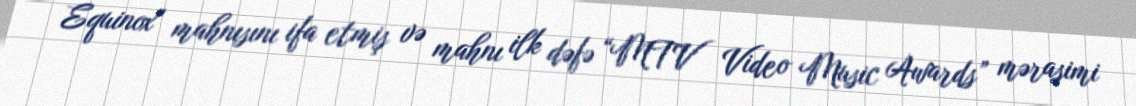
Equinox" mahnısını ifa etmiş və mahnı ilk dəfə “MTV Video Music Awards” mərasimi